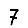
Digit: 7